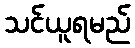
သင်ယူရမည်